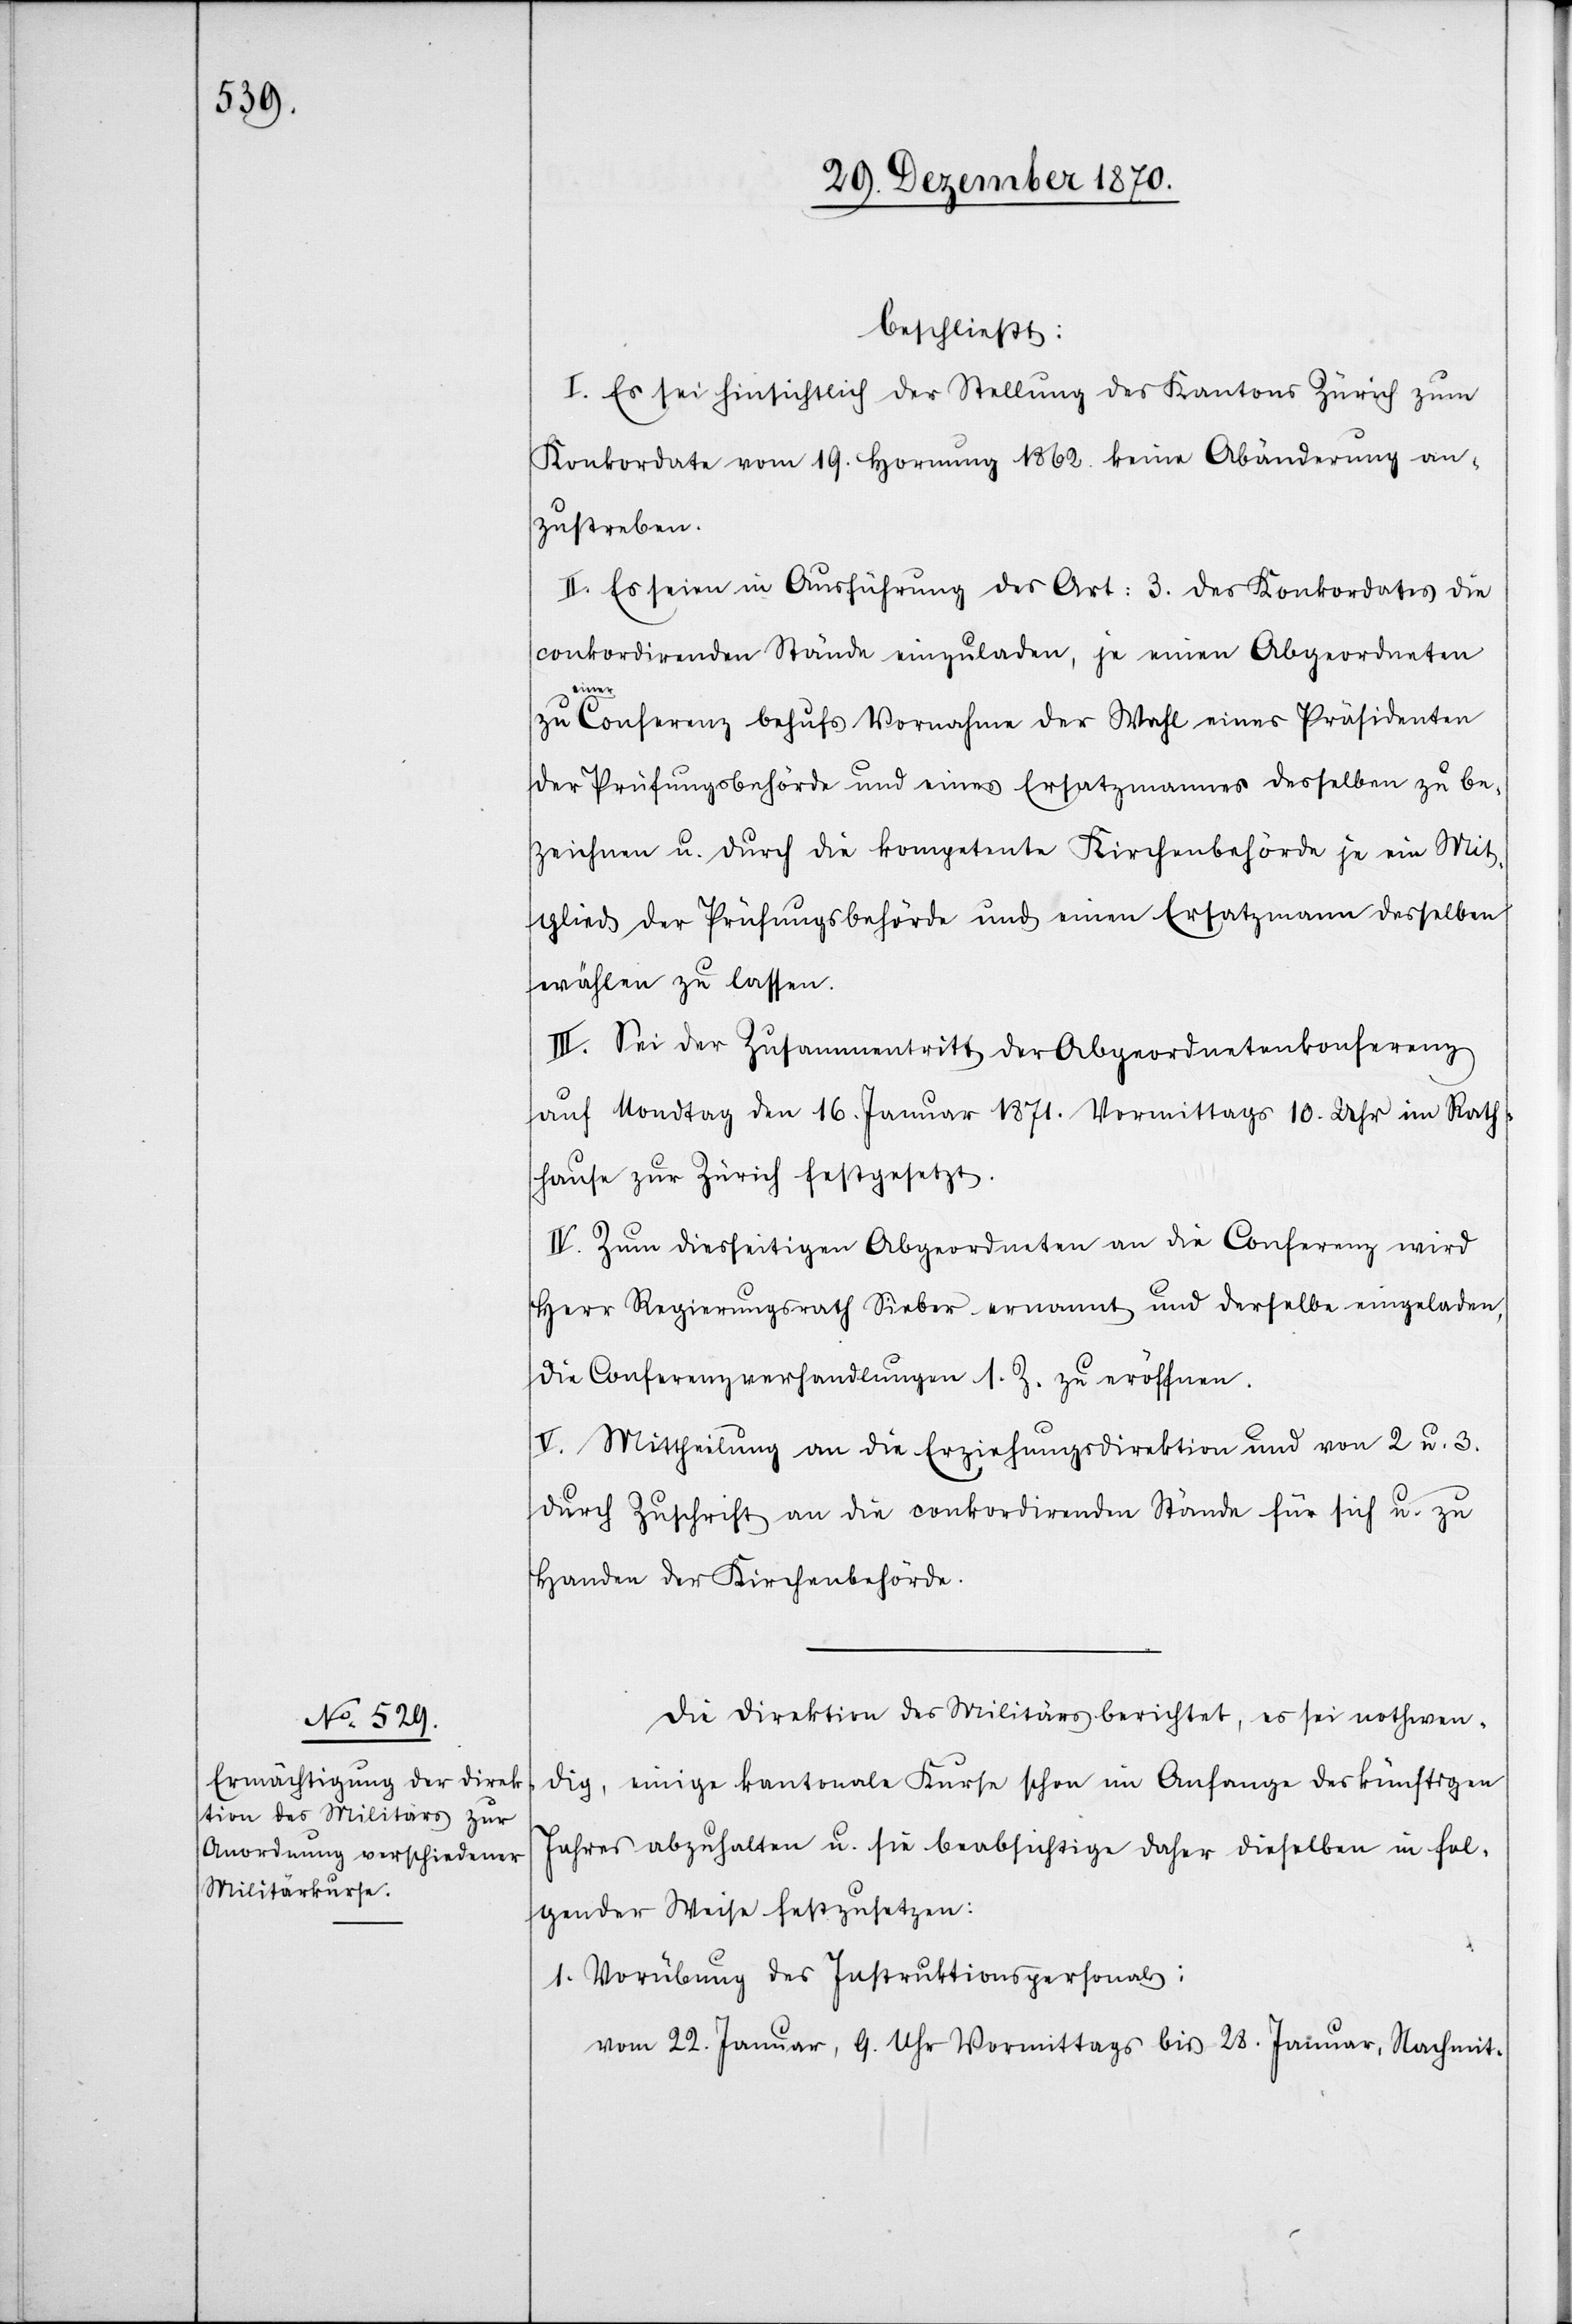
beschließt:
I. Es sei hinsichtlich der Stellung des Kantons Zürich zum
Konkordate vom 19. Hornung 1862. keine Abänderung an¬
zustreben.
II. Es seien in Ausführung des Art: 3. des Konkordates die
conkordirenden Stände einzuladen, je einen Abgeordneten
eine¬
r Conferenz behufs Vornahme der Wahl eines Präsidenten
der Prüfungsbehörde und eines Ersatzmannes desselben zu be¬
zeichnen u. durch die kompetente Kirchenbehörde je ein Mit¬
glied der Prüfungsbehörde und einen Ersatzmann desselben
wählen zu lassen.
III. Sei der Zusammentritt der Abgeordnetenkonferenz
auf Mondtag den 16. Januar 1871. Vormittags 10. Uhr im Rath¬
hause zu Zürich festgesetzt.
IV. Zum diesseitigen Abgeordneten an die Conferenz wird
Herr Regierungsrath Sieber ernannt und derselbe eingeladen,
die Conferenzverhandlungen s. Z. zu eröffnen.
V. Mittheilung an die Erziehungsdirektion und von 2 u. 3.
durch Zuschrift an die conkordirenden Stände für sich u. zu
Handen der Kirchenbehörde.
Die Direktion des Militärs berichtet, es sei nothwen¬
dig, einige kantonale Kurse schon im Anfange des künftigen
Jahres abzuhalten u. sie beabsichtige daher dieselben in fol¬
gender Weise festzusetzen:
1. Vorübung des Instruktionspersonals:
vom 22. Januar, 9. Uhr Vormittags bis 28. Januar, Nachmit-